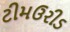
ટીમઉરીડ